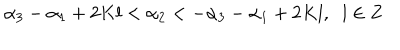
\alpha _ { 3 } - \alpha _ { 1 } + 2 K l < \alpha _ { 2 } < - \alpha _ { 3 } - \alpha _ { 1 } + 2 K l , \; \; l \in { \bf Z }